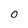
Character: O